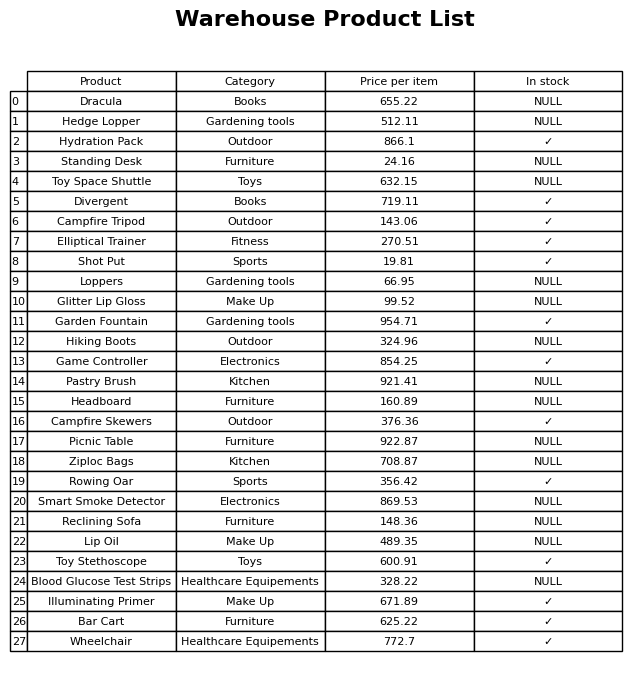
question: Which products are available in stock?
answer: Hydration Pack, Divergent, Campfire Tripod, Elliptical Trainer, Shot Put, Garden Fountain, Game Controller, Campfire Skewers, Rowing Oar, Toy Stethoscope, Illuminating Primer, Bar Cart, Wheelchair